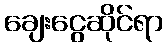
ချေးငွေဆိုင်ရာ